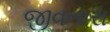
જીવનારા